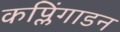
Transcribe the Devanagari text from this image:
कप्लिंगाडन